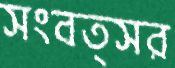
সংবত্সর